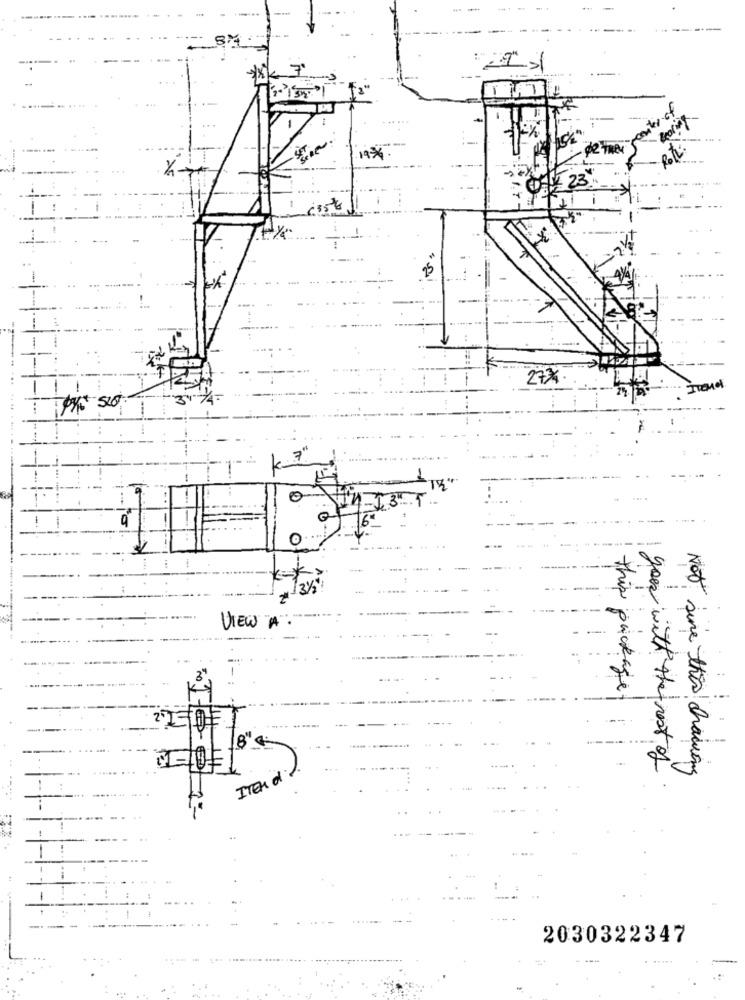
7
19*
23
27%.
3%
VIEW "A":
this package
you with the rest of
Not sure this chaweng
Iran d
--
2030322347